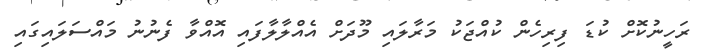
ރަހީނުކޮށް ކުޑަ ފިރިހެން ކުއްޖަކު މަރާލައި މޫދަށް އެއްލާލާފައި އޮއްވާ ފެނުނު މައްސަލައިގައި